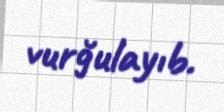
vurğulayıb.